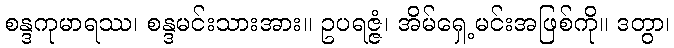
စန္ဒကုမာရဿ၊ စန္ဒမင်းသားအား။ ဥပရဇ္ဇံ၊ အိမ်ရှေ့မင်းအဖြစ်ကို။ ဒတွာ၊